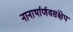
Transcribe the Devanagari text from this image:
नानार्थार्णवसंक्षेप